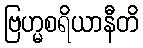
ဗြဟ္မစရိယာနီတိ